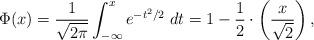
LaTeX: \begin{align*}\Phi(x) = \frac{1}{\sqrt{2\pi}} \int_{-\infty}^{x} e^{-t^2/2} \; dt = 1 - \frac{1}{2} \cdot \left(\frac{x}{\sqrt{2}}\right),\end{align*}